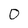
Character: 0